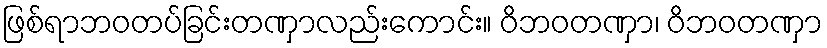
ဖြစ်ရာဘဝတပ်ခြင်းတဏှာလည်းကောင်း။ ဝိဘဝတဏှာ၊ ဝိဘဝတဏှာ